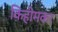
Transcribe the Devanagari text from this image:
किहीमकर